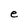
Character: e